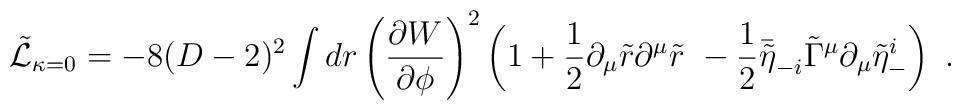
\tilde{\cal L}_{\kappa=0}  = -8(D-2)^2\int dr \left({\partial W\over\partial\phi}\right)^2\left(1+{1\over 2}\partial_{\mu} \tilde r\partial^{\mu} \tilde r\ -{1\over 2}\bar{\tilde\eta}_{-i}\tilde\Gamma^{\mu}\partial_{\mu} \tilde\eta^i_-\right)\ .